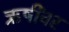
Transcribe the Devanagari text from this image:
ऋषींवर